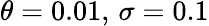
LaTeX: \theta=0.01,\, \sigma=0.1